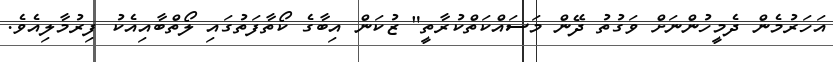
އަހަރުމެން ދެމީހުންނަށް ވަގުތު ދޭން މަސައްކަތްކުރާތީ" ޒުކަން އިބާގެ ކޯތާފަތުގައި ލޯތްބާއިއެކު ފިރުމާލިއެވެ.